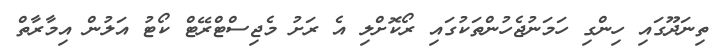
ތިނަދޫގައި ހިންގި ހަމަނުޖެހުންތަކުގައި ރޯކޮށްލި އެ ރަށު މެޖިސްޓްރޭޓް ކޯޓު އަލުން އިމާރާތް